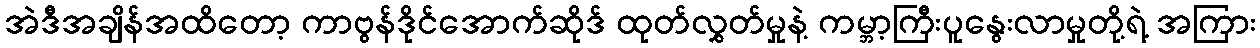
အဲဒီအချိန်အထိတော့ ကာဗွန်ဒိုင်အောက်ဆိုဒ် ထုတ်လွှတ်မှုနဲ့ ကမ္ဘာ့ကြီးပူနွေးလာမှုတို့ရဲ့ အကြား